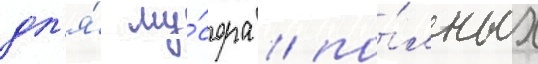
дл'я́ му́сора / по́лных